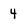
Character: 4